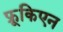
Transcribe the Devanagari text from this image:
फ्रूकिएन